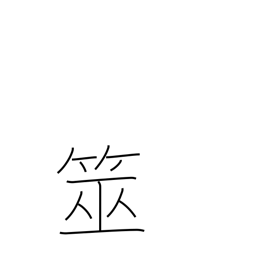
Meaning: (water) divining equipment